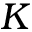
K